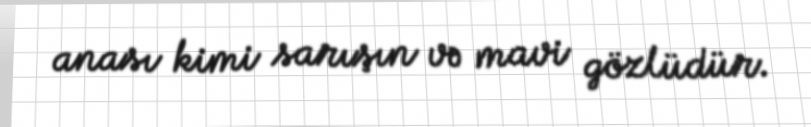
anası kimi sarışın və mavi gözlüdür.